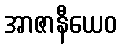
အာဇာနီယေဝ